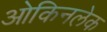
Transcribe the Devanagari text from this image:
ओकिनलेक